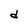
Character: d